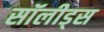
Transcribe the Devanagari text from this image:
सॉलीड्स